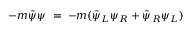
- m { \bar { \psi } } \psi \; = \; - m ( { \bar { \psi } } _ { L } \psi _ { R } + { \bar { \psi } } _ { R } \psi _ { L } )